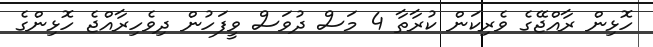
ހޮޅިން ރާއްޖޭގެ ވެރިކަން ކުރާތާ 4 މަސް ދުވަސް ވީފަހުން ދިވެހިރާއްޖެ ހޮޅިންގެ